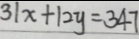
3 1 x + 1 2 y = 3 4 7